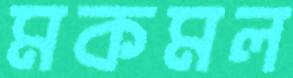
মকমল